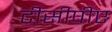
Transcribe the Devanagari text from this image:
टीसीपीए